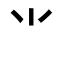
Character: ⺌